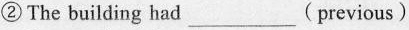
② The building had___(previous)